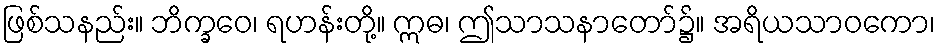
ဖြစ်သနည်း။ ဘိက္ခဝေ၊ ရဟန်းတို့။ ဣဓ၊ ဤသာသနာတော်၌။ အရိယသာဝကော၊